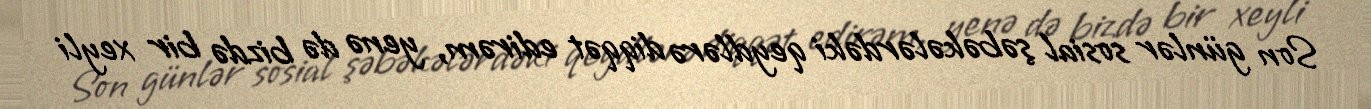
Son günlər sosial şəbəkələrdəki qeydlərə diqqət edirəm, yenə də bizdə bir xeyli